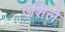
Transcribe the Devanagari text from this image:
एशिले